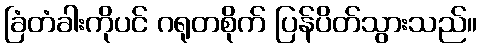
ခြံတံခါးကိုပင် ဂရုတစိုက် ပြန်ပိတ်သွားသည်။